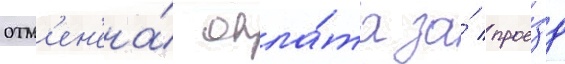
отм'ен'ена́ опла́та за́ прое́зд